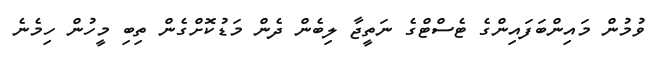
ވުމުން މައިންބަފައިންގެ ޓެސްޓްގެ ނަތީޖާ ލިބެން ދެން މަޑުކޮށްގެން ތިބި މީހުން ހިމެނެ